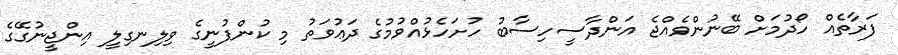
ފަރާތެއް ހޯދުމަށް ބޭނުންވެއްޖެ އަންދާސީހިސާބު ހުށަހެޅުއްވުމުގެ ދަޢުވަތު މި ކުންފުނީގެ ވިލިނގިލީ އިންޖީނުގޭގެ